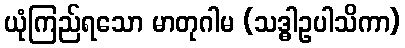
ယုံကြည်ရသော မာတုဂါမ (သဒ္ဓါဥပါသိကာ)